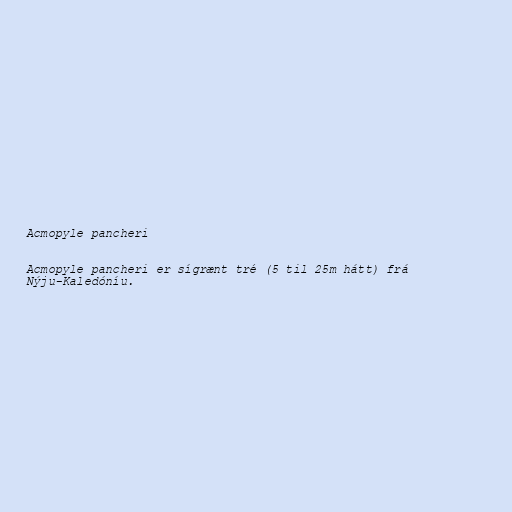
Acmopyle pancheri

Acmopyle pancheri er sígrænt tré (5 til 25m hátt) frá
Nýju-Kaledóníu.